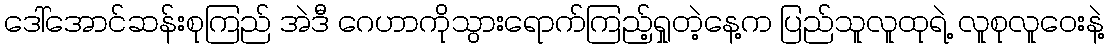
ဒေါ်အောင်ဆန်းစုကြည် အဲဒီ ဂေဟာကိုသွားရောက်ကြည့်ရှုတဲ့နေ့က ပြည်သူလူထုရဲ့ လူစုလူဝေးနဲ့